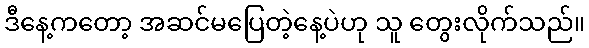
ဒီနေ့ကတော့ အဆင်မပြေတဲ့နေ့ပဲဟု သူ တွေးလိုက်သည်။